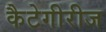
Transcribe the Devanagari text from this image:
कैटेगीरीज